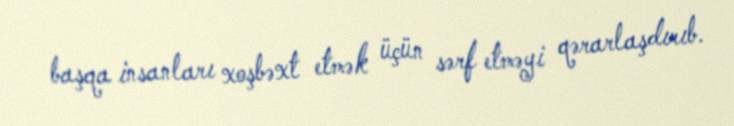
başqa insanları xoşbəxt etmək üçün sərf etməyi qərarlaşdırıb.